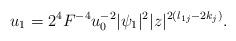
LaTeX: \begin{align*}u_1=2^{4}F^{-4}u_0^{-2}|\psi _1|^2|z|^{2(l_{1j}-2k_j)}.\end{align*}